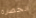
الحضارة